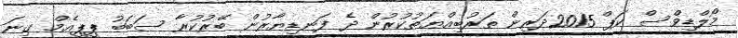
މޯލްޑިވްސް ކަޕް 2015ދަރިން ތަރުބިއްޔަތުކުރުން ދެ ފަނޑިޔާރުން ބޭރުކުރާ ސަބަބު ޕީޕީއެމް ގިނަ